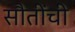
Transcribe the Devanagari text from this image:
सौतींची